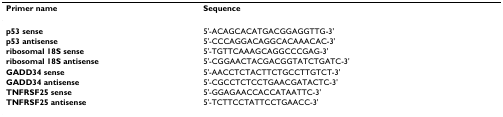
<table><thead><tr><td><b>Primer name</b></td><td><b>Sequence</b></td></tr></thead><tbody><tr><td><b>p53 sense</b></td><td>5&#x27;-ACAGCACATGACGGAGGTTG-3&#x27;</td></tr><tr><td><b>p53 antisense</b></td><td>5&#x27;-CCCAGGACAGGCACAAACAC-3&#x27;</td></tr><tr><td><b>ribosomal 18S sense</b></td><td>5&#x27;-TGTTCAAAGCAGGCCCGAG-3&#x27;</td></tr><tr><td><b>ribosomal 18S antisense</b></td><td>5&#x27;-CGGAACTACGACGGTATCTGATC-3&#x27;</td></tr><tr><td><b>GADD34 sense</b></td><td>5&#x27;-AACCTCTACTTCTGCCTTGTCT-3&#x27;</td></tr><tr><td><b>GADD34 antisense</b></td><td>5&#x27;-CGCCTCTCCTGAACGATACTC-3&#x27;</td></tr><tr><td><b>TNFRSF25 sense</b></td><td>5&#x27;-GGAGAACCACCATAATTC-3&#x27;</td></tr><tr><td><b>TNFRSF25 antisense</b></td><td>5&#x27;-TCTTCCTATTCCTGAACC-3&#x27;</td></tr></tbody></table>